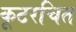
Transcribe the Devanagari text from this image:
कूटरचित